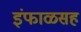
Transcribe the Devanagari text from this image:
इंफाळसह